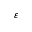
\varepsilon